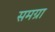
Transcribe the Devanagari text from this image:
समग्रा